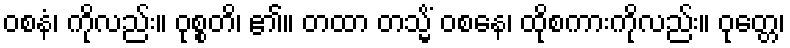
ဝစနံ၊ ကိုလည်း။ ဝုစ္စတိ၊ ၏။ တထာ တသ္မိံ ဝစနေ၊ ထိုစကားကိုလည်း။ ဝုတ္တေ၊